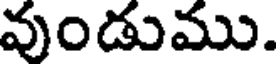
వుండుము.